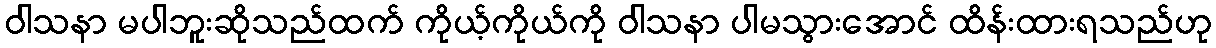
ဝါသနာ မပါဘူးဆိုသည်ထက် ကိုယ့်ကိုယ်ကို ဝါသနာ ပါမသွားအောင် ထိန်းထားရသည်ဟု